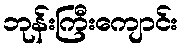
ဘုန်းကြီးကျောင်း